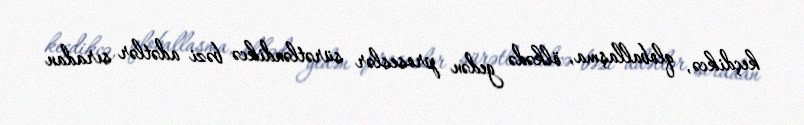
keçdikcə, qloballaşma, ölkədə gedən proseslər sürətləndikcə bəzi adətlər sıradan